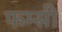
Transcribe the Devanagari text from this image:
फम्सी